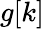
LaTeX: g[k]